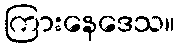
ကြားနေဒေသ။